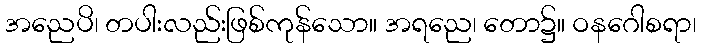
အညေပိ၊ တပါးလည်းဖြစ်ကုန်သော။ အရညေ၊ တော၌။ ဝနဂေါစရာ၊